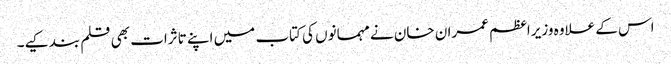
اس کے علاوہ وزیراعظم عمران خان نے مہمانوں کی کتاب میں اپنے تاثرات بھی قلم بند کیے۔